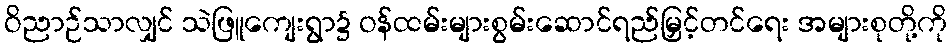
ဝိညာဉ်သာလျှင် သဲဖြူကျေးရွာ၌ ဝန်ထမ်းများစွမ်းဆောင်ရည်မြှင့်တင်ရေး အများစုတို့ကို